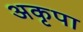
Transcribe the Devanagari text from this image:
अकृपा